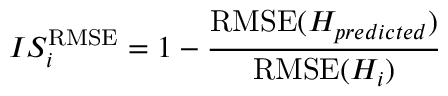
{ I S _ { i } ^ { \mathrm { R M S E } } = 1 - \frac { \mathrm { R M S E } ( H _ { p r e d i c t e d } ) } { \mathrm { R M S E } ( H _ { i } ) } }